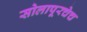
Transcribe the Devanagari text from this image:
सोलापूरचेच